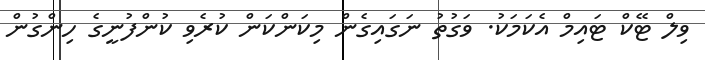
ވިލް ޓޭކް ޓައިމް އެކަމަކު. ވަގުތު ނަގައިގެން މިކަންކަން ކުރެވި ކުންފުނީގެ ހިންގުން